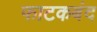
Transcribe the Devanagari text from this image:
फाटकबंद